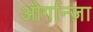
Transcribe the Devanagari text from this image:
ओर्गान्ज़ा